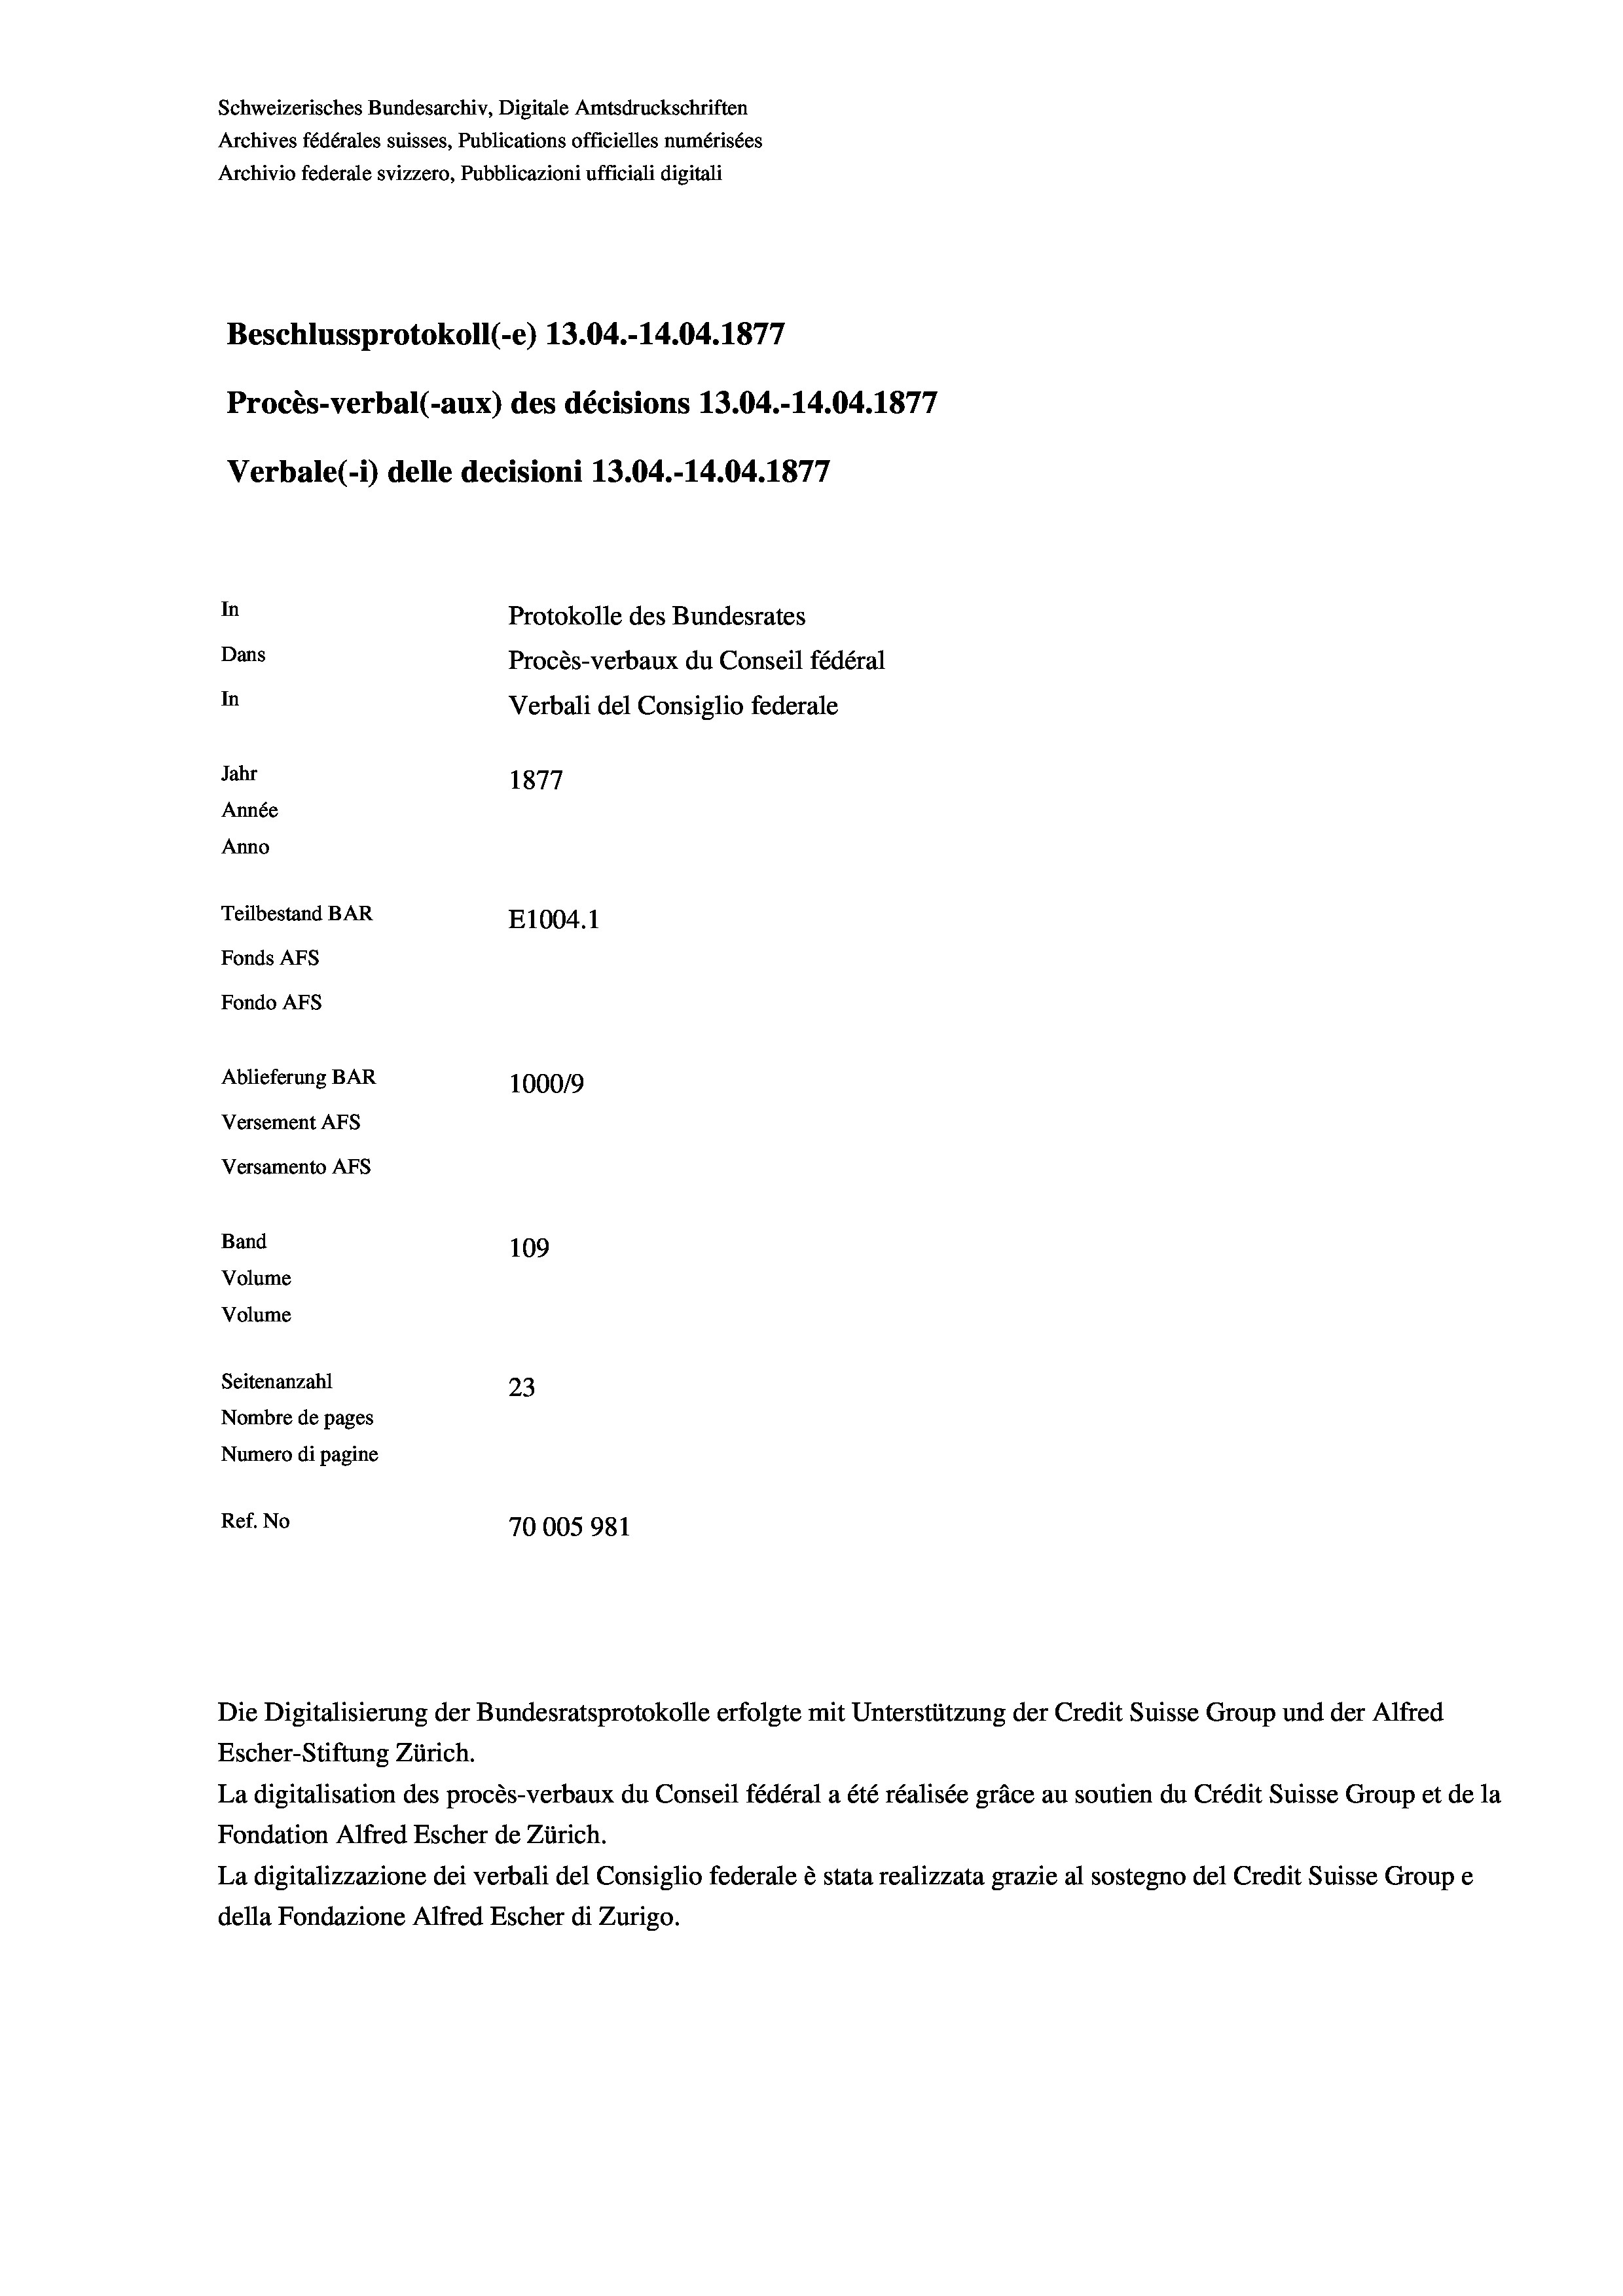
Schweizerisches Bundesarchiv, Digitale Amtsdruckschriften
Archives fédérales suisses, Publications officielles numérisées
Archivio federale svizzero, Pubblicazioni ufficiali digitali
Beschlussprotokoll (-e) 13.04.-14.04. 1877
Procès-verbal (-aux) des décisions 13.04.-14.04. 1877
Verbale (- 1) delle decisioni 13.04.-14.04. 1877
In
Protokolle des Bundesrates
Dans
Procès-verbaux du Conseil fédéral
In
Verbali del Consiglio federale
Jahr
1877
Année
Anno
Teilbestand BAR
E1004.1
Fonds Afs
Fondo Afs
Ablieferung BAR
100019
Versement AFs
Versamento Afs
Band
109
Volume
Volume

Seitenanzahl
23
Nombre de pages
Numero di pagine
Ref. No
70005981

Escher-Stiftung Zürich.
La digitalisation des procès-verbaux du Conseil fédéral a été réalisée gräce au soutien du Crédit Suisse Group et de la
Fondation Alfred Escher de Zürich.
La digitalizzazione dei verbali del Consiglio federale è stata realizzata grazie al sostegno del Credit Suisse Groupe
della Fondazione Alfred Escher di Zurigo.

Die Digitalisierung der Bundesratsprotokolle erfolgte mit Unterstützung der Credit Suisse Group und der Alfred